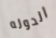
الدوله